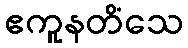
ဧကူနတိံသေ